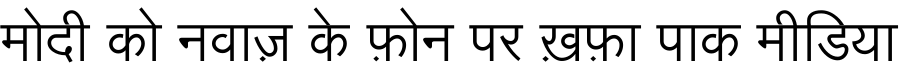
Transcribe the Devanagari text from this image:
मोदी को नवाज़ के फ़ोन पर ख़फ़ा पाक मीडिया